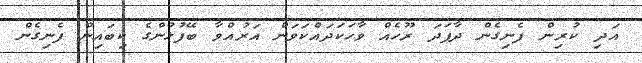
އަދި ކުރިން ފެނިގެން ދާފަދަ ރޫހެއް ވާހަކަދައްކަވަން އަރުއްވާ ބޭފުޅުންގެ ކިބައިން ފެނިގެން